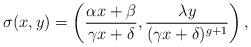
LaTeX: \begin{align*}\sigma(x,y)=\left(\frac{\alpha x+ \beta}{\gamma x+ \delta},\frac{\lambda y}{(\gamma x+ \delta)^{g+1}}\right),\end{align*}